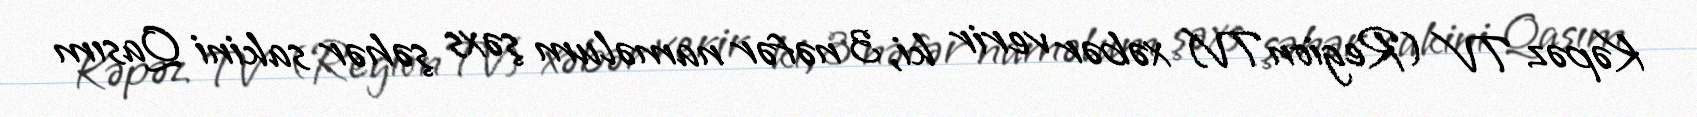
Kəpəz TV (RegionTV) xəbər verir ki, 3 nəfər naməlum şəxs şəhər sakini Qasım